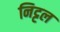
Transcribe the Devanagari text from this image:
निट्टल